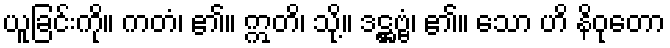
ယူခြင်းကို။ ကတံ၊ ၏။ ဣတိ၊ သို့။ ဒဋ္ဌဗ္ဗံ၊ ၏။ သော ဟိ နိဝုတော